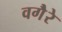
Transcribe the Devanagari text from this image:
वगैेरे